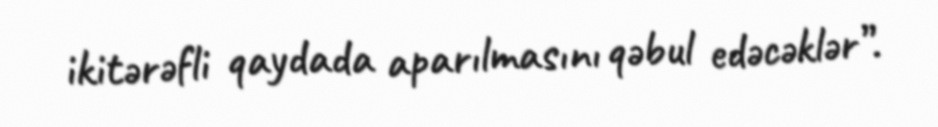
ikitərəfli qaydada aparılmasını qəbul edəcəklər”.